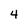
Character: 4